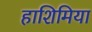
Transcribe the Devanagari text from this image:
हाशिमिया